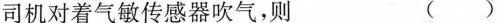
司机对着气敏传感器吹气，则 ( )